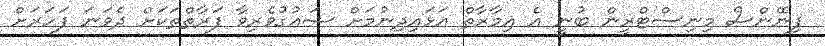
ފިނޭންސް މިނިސްޓްރީން ބުނީ އެ އިމާރާތް އަޅައިދިނުމަށް ޝައުގުވެރިވާ ފަރާތްތަކަށް ދެވަނަ ފަހަރަށް